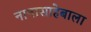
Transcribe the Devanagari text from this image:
नानासाहेबाला